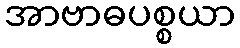
အာဗာဓပစ္စယာ